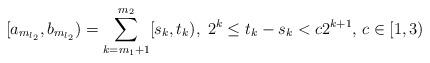
LaTeX: \begin{align*}[a_{m_{l_{2}}},b_{m_{l_{2}}})=\sum_{k=m_{1}+1}^{m_{2}}[s_{k},t_{k}),\; 2^{k}\leq t_{k}-s_{k}<c2^{k+1}, \, c\in [1,3)\end{align*}